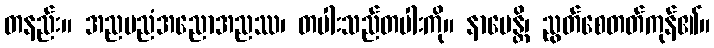
တနည်း။ အညမညံအညောအညဿ၊ တပါးသည်တပါးကို။ နာမေန္တိ၊ ညွတ်စေတတ်ကုန်၏။